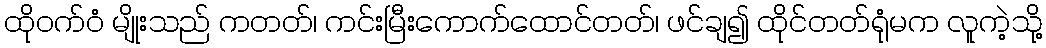
ထိုဝက်ဝံ မျိုးသည် ကတတ်၊ ကင်းမြီးကောက်ထောင်တတ်၊ ဖင်ချ၍ ထိုင်တတ်ရုံမက လူကဲ့သို့